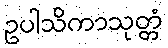
ဥပါသိကာသုတ္တံ